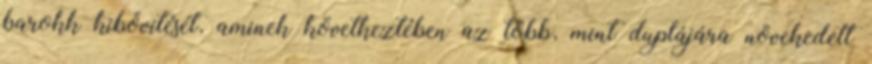
barokk kibővítését, aminek következtében az több, mint duplájára növekedett